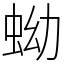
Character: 蚴